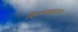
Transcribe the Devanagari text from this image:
किल्ल्यावरच